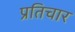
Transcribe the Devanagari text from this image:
प्रतिचार